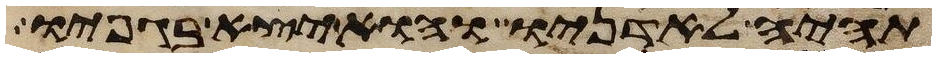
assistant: תהיה לאדניו והוא יצא בגפיו